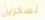
تسخرين